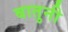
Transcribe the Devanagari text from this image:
बातुनी